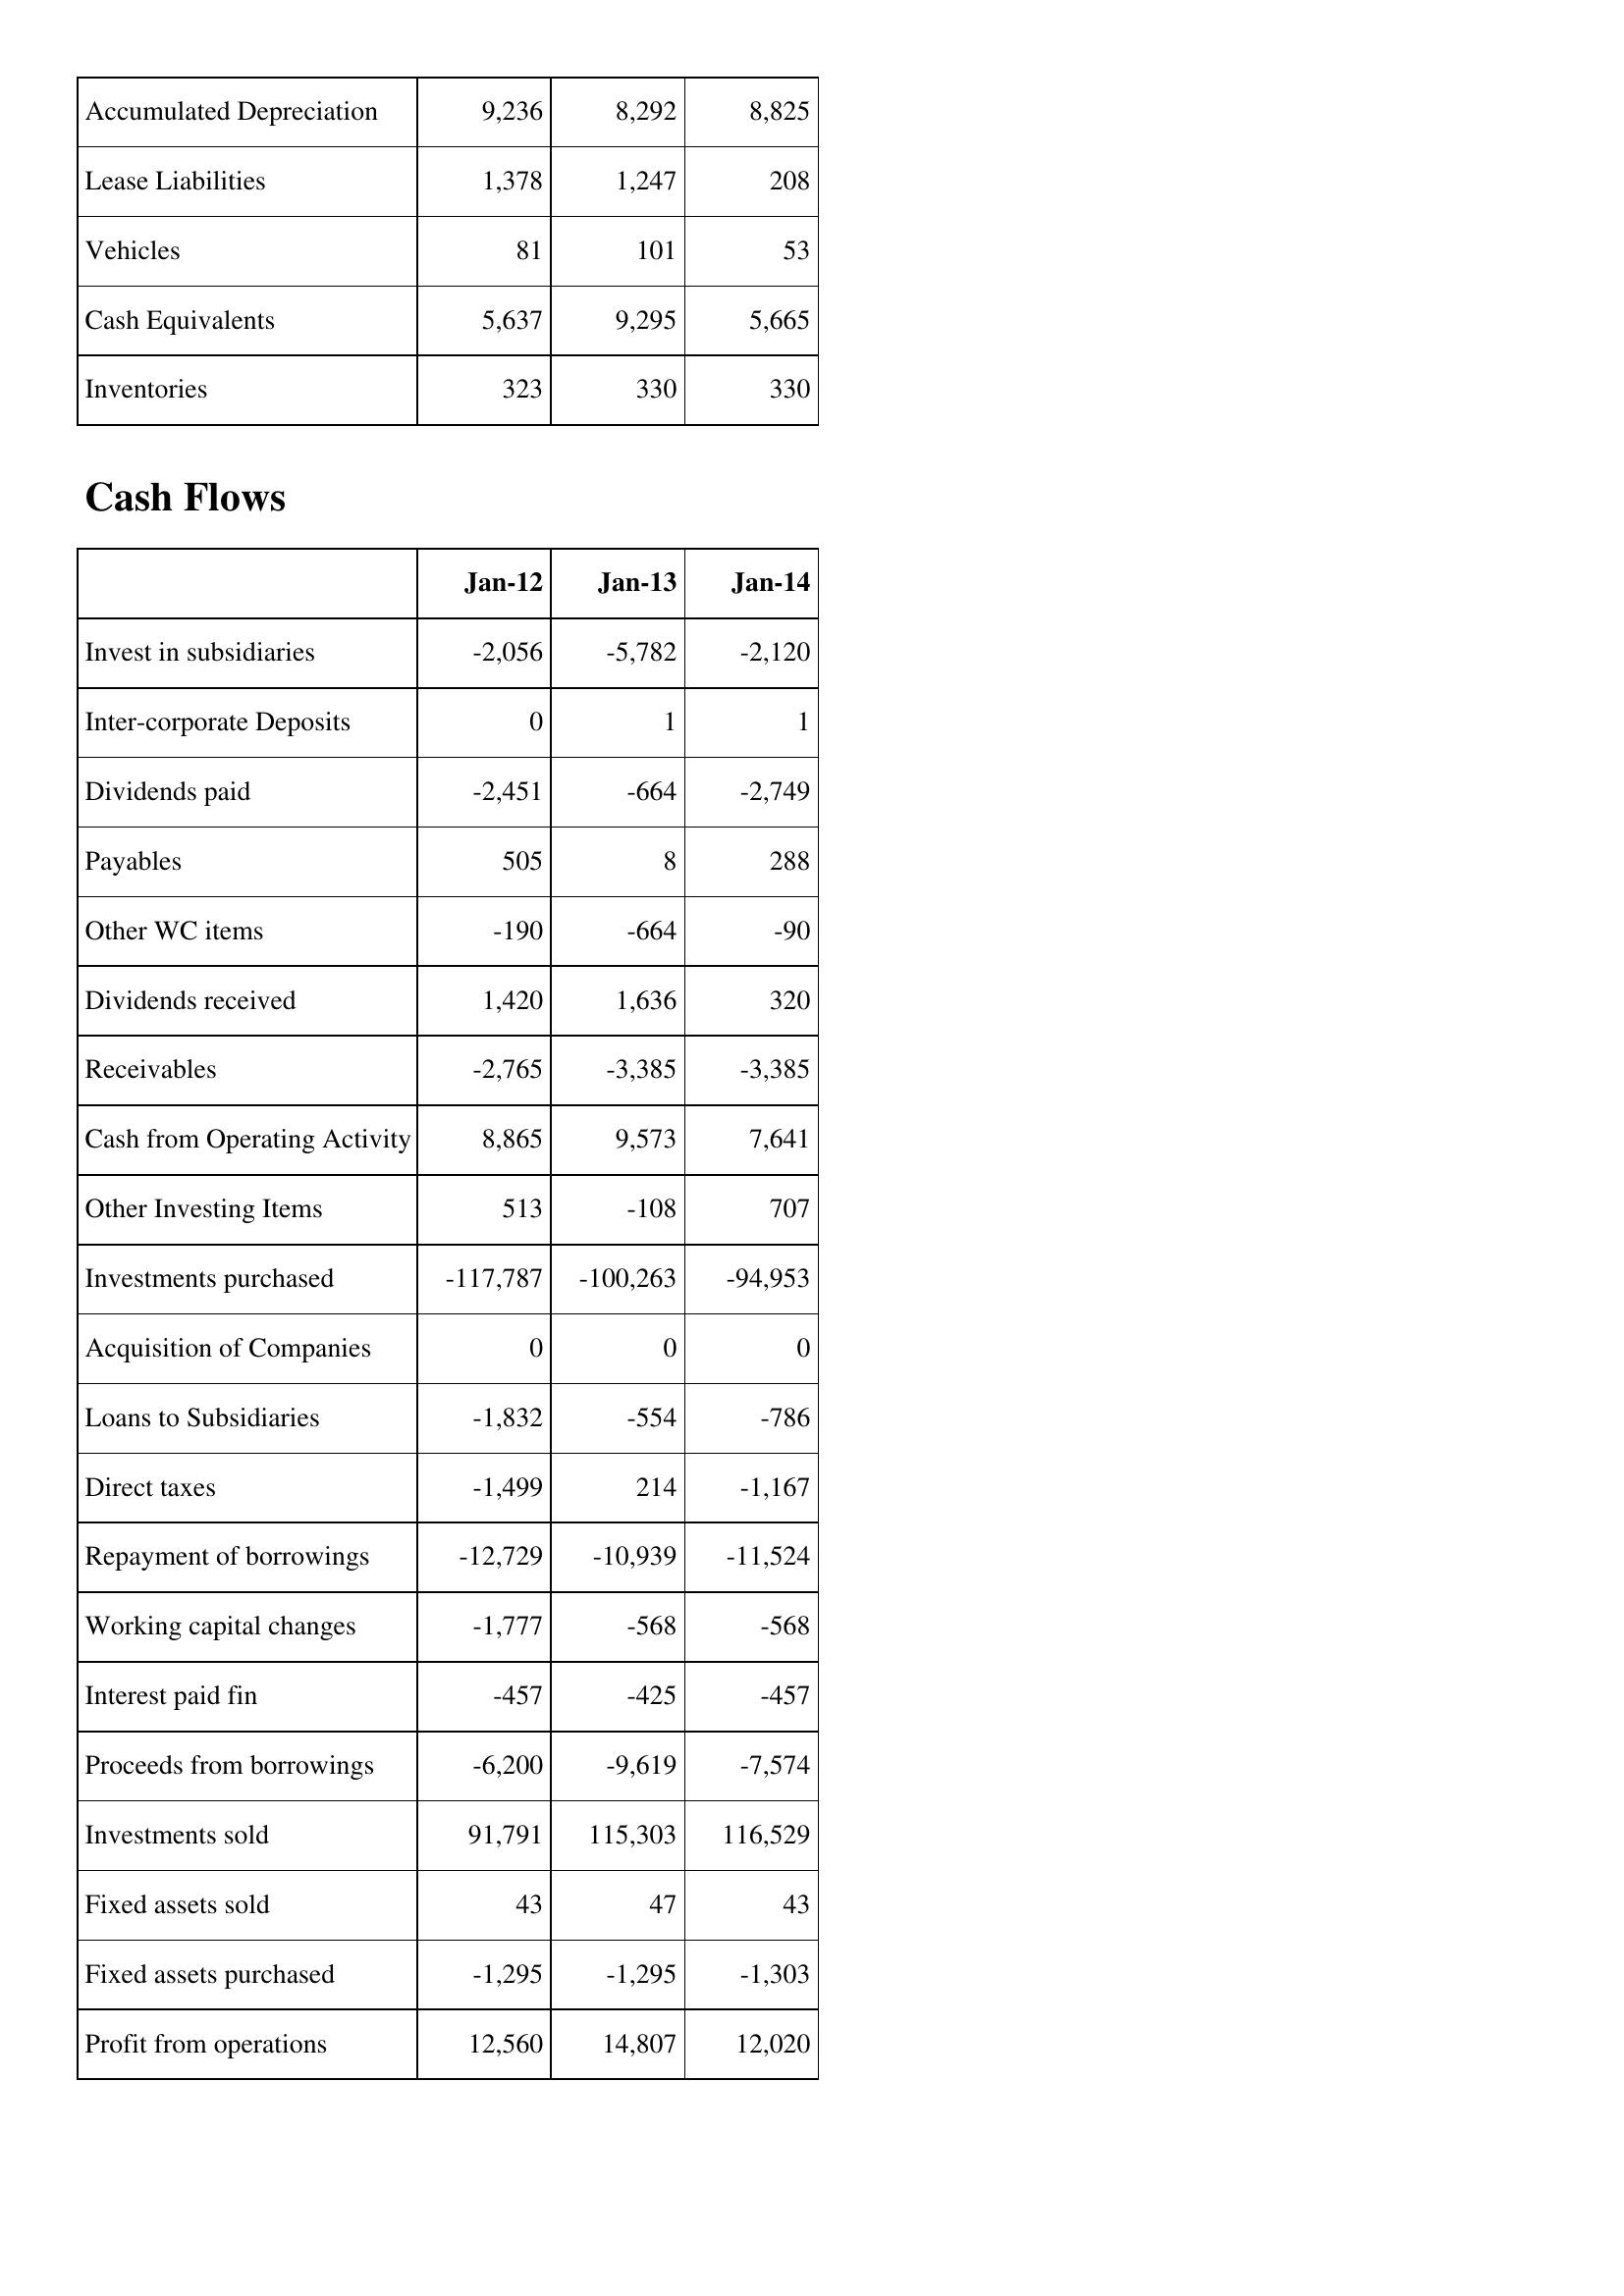
Jan-12: Balance Sheet: Accumulated Depreciation: 9,236
Lease Liabilities: 1,378
Vehicles: 81
Cash Equivalents: 5,637
Inventories: 323
Cash Flows: Invest in subsidiaries: -2,056
Inter-corporate Deposits: 0
Dividends paid: -2,451
Payables: 505
Other WC items: -190
Dividends received: 1,420
Receivables: -2,765
Cash from Operating Activity: 8,865
Other Investing Items: 513
Investments purchased: -117,787
Acquisition of Companies: 0
Loans to Subsidiaries: -1,832
Direct taxes: -1,499
Repayment of borrowings: -12,729
Working capital changes: -1,777
Interest paid fin: -457
Proceeds from borrowings: -6,200
Investments sold: 91,791
Fixed assets sold: 43
Fixed assets purchased: -1,295
Profit from operations: 12,560
Jan-13: Balance Sheet: Accumulated Depreciation: 8,292
Lease Liabilities: 1,247
Vehicles: 101
Cash Equivalents: 9,295
Inventories: 330
Cash Flows: Invest in subsidiaries: -5,782
Inter-corporate Deposits: 1
Dividends paid: -664
Payables: 8
Other WC items: -664
Dividends received: 1,636
Receivables: -3,385
Cash from Operating Activity: 9,573
Other Investing Items: -108
Investments purchased: -100,263
Acquisition of Companies: 0
Loans to Subsidiaries: -554
Direct taxes: 214
Repayment of borrowings: -10,939
Working capital changes: -568
Interest paid fin: -425
Proceeds from borrowings: -9,619
Investments sold: 115,303
Fixed assets sold: 47
Fixed assets purchased: -1,295
Profit from operations: 14,807
Jan-14: Balance Sheet: Accumulated Depreciation: 8,825
Lease Liabilities: 208
Vehicles: 53
Cash Equivalents: 5,665
Inventories: 330
Cash Flows: Invest in subsidiaries: -2,120
Inter-corporate Deposits: 1
Dividends paid: -2,749
Payables: 288
Other WC items: -90
Dividends received: 320
Receivables: -3,385
Cash from Operating Activity: 7,641
Other Investing Items: 707
Investments purchased: -94,953
Acquisition of Companies: 0
Loans to Subsidiaries: -786
Direct taxes: -1,167
Repayment of borrowings: -11,524
Working capital changes: -568
Interest paid fin: -457
Proceeds from borrowings: -7,574
Investments sold: 116,529
Fixed assets sold: 43
Fixed assets purchased: -1,303
Profit from operations: 12,020